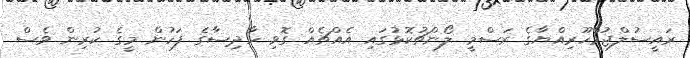
ރައީސުލްޖުމްހޫރިއްޔާގެ ރަސްމީ ލޯންޗުކޮޅުގައި އެއްޗެއް ގޮވި ހާދިސާގެ ފަހުން މީގެ ކުރިން ވެސް